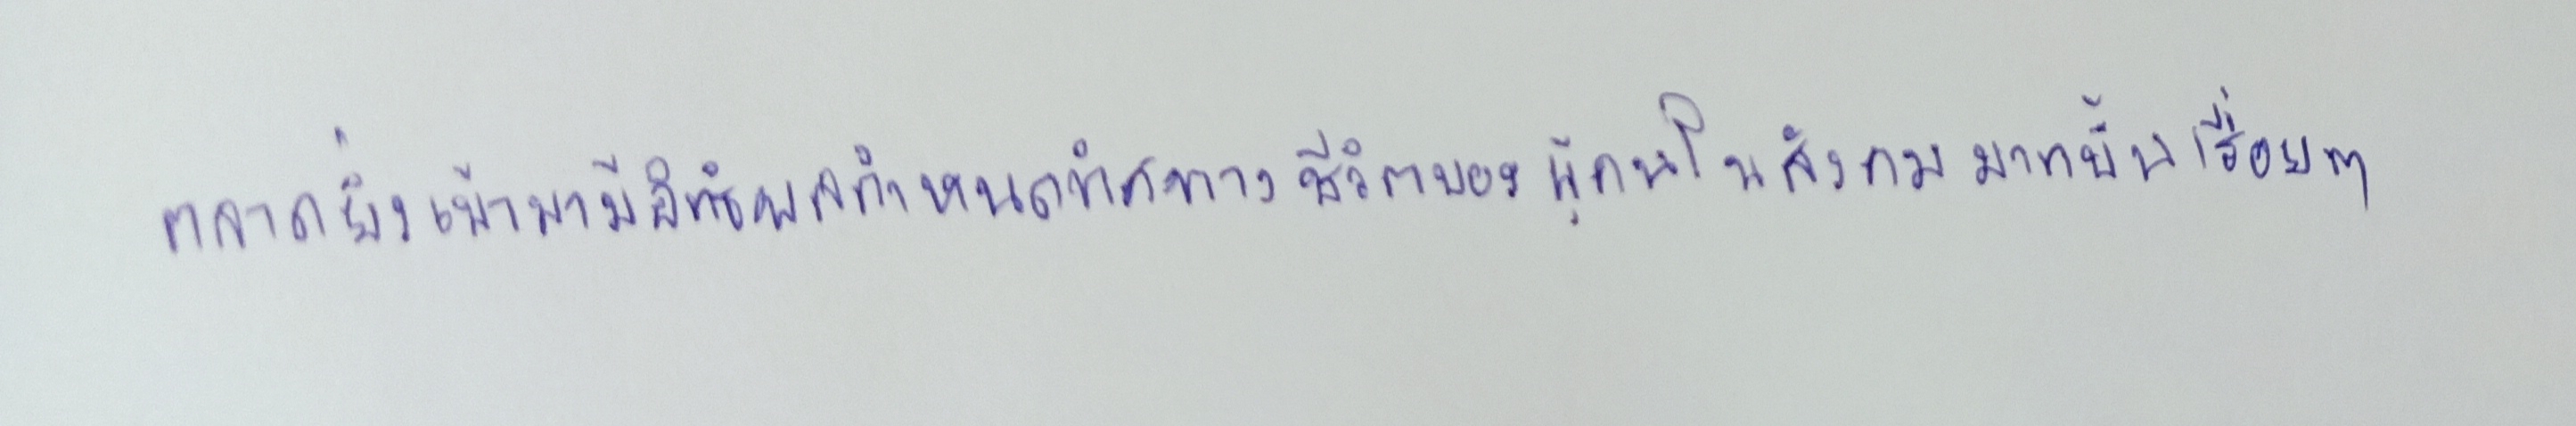
ตลาดยิ่งเข้ามามีอิทธิพลกำหนดทิศทางชีวิตของผู้คนในสังคมมากขึ้นเรื่อยๆ